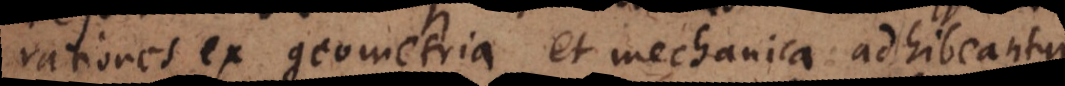
ex geometria et mechanica adhibeantur